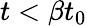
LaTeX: t<\beta t_{0}